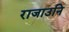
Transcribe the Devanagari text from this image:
राजाउनि